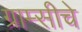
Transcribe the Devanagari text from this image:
ग्राम्सीचे